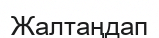
Жалтаңдап